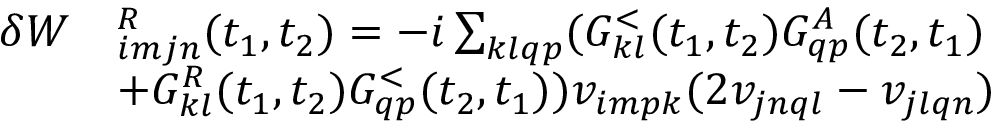
\begin{array} { r l } { \delta W } & { ^ R _ { i m j n } ( t _ { 1 } , t _ { 2 } ) = - i \sum _ { k l q p } ( G _ { k l } ^ { < } ( t _ { 1 } , t _ { 2 } ) G _ { q p } ^ { A } ( t _ { 2 } , t _ { 1 } ) } \\ & { + G _ { k l } ^ { R } ( t _ { 1 } , t _ { 2 } ) G _ { q p } ^ { < } ( t _ { 2 } , t _ { 1 } ) ) v _ { i m p k } ( 2 v _ { j n q l } - v _ { j l q n } ) } \end{array}